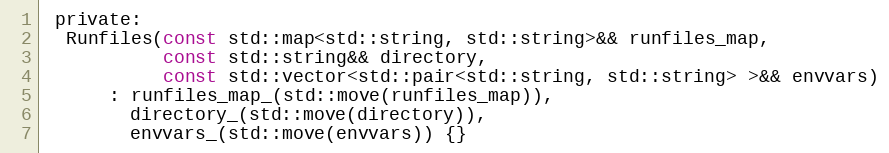
Language: C
 private:
  Runfiles(const std::map<std::string, std::string>&& runfiles_map,
           const std::string&& directory,
           const std::vector<std::pair<std::string, std::string> >&& envvars)
      : runfiles_map_(std::move(runfiles_map)),
        directory_(std::move(directory)),
        envvars_(std::move(envvars)) {}